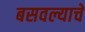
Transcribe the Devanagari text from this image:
बसवल्याचे